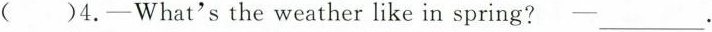
( )4. -What's the weather like in spring? ---___.